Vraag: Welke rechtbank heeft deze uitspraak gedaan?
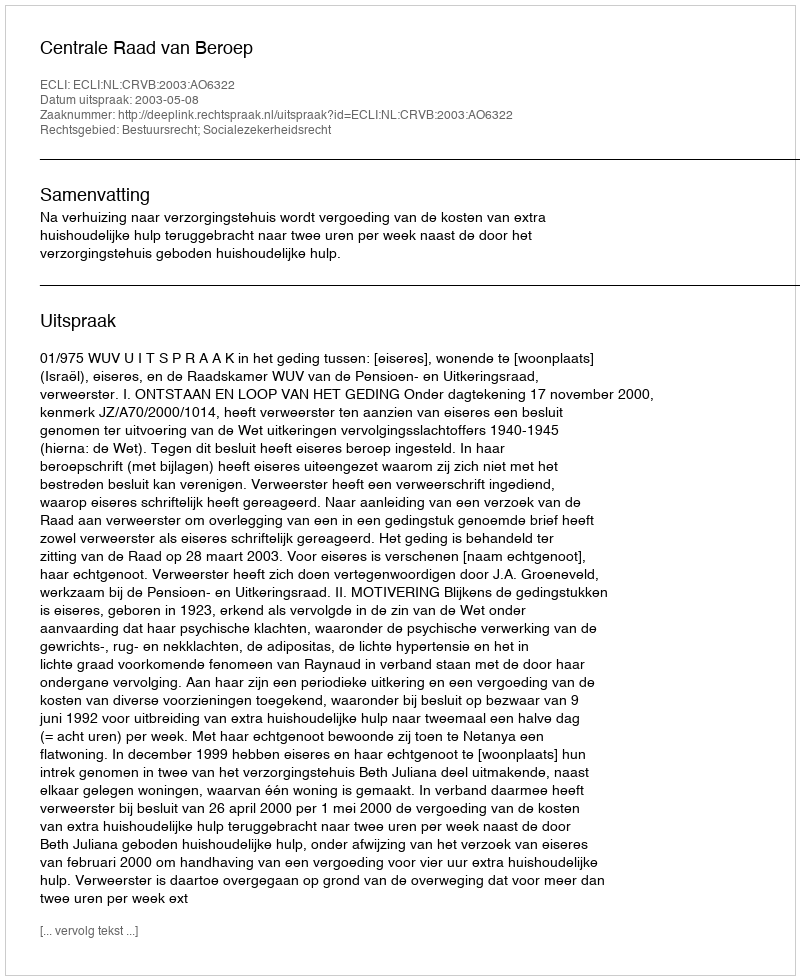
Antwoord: Centrale Raad van Beroep